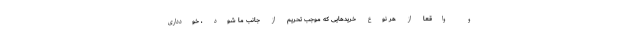
و واقعاً از هر نوع خریدهایی که موجب تحریم از جانب ما شود ، خودداری